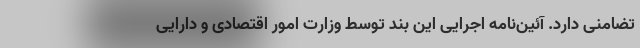
تضامنی دارد. آئین‌نامه اجرایی این بند توسط وزارت امور اقتصادی و دارایی